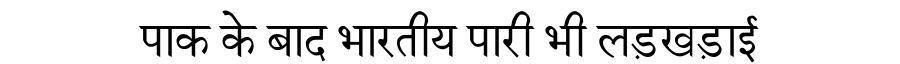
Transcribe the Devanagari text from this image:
पाक के बाद भारतीय पारी भी लड़खड़ाई